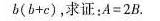
b ( b + c )$$，求证：$$A = 2 B $$.